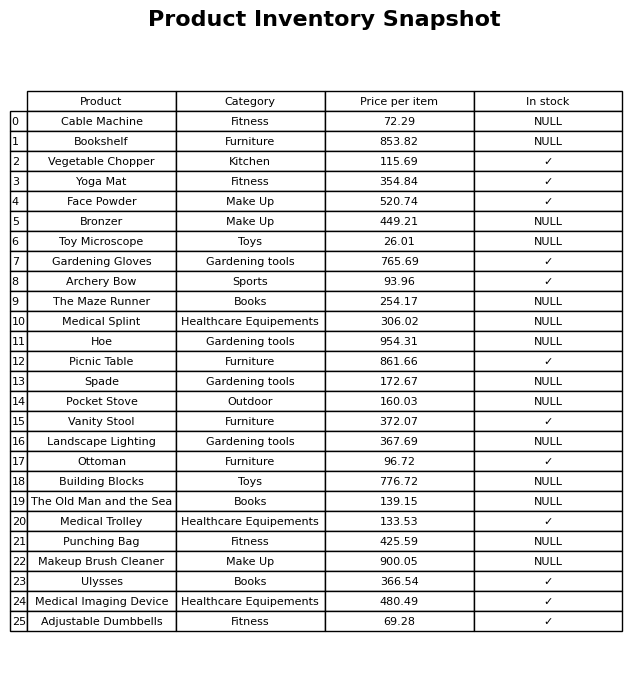
question: What is the price of the Makeup Brush Cleaner?
answer: The price of Makeup Brush Cleaner is 900.05.